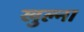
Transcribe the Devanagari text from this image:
खुल्ना